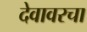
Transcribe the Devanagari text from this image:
देवावरचा